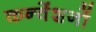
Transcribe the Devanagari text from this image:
कन्वेंशनों